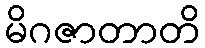
မိဂဇာတာတိ